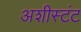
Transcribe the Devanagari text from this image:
अशीस्टंट